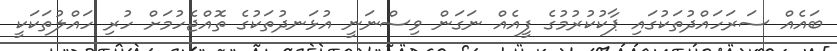
ބައެއް ސަރަހައްދުތަކުގައި ޕާކުކުރުމުގެ ފީއެއް ނަގަން ވިސްނަނީ އުޅަނދުތަކުގެ ތޮއްޖެހުމަށް ހުރި ހައްލުތަކަކީ